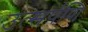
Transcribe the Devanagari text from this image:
उत्सर्पणि